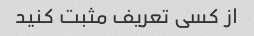
از کسی تعریف مثبت کنید